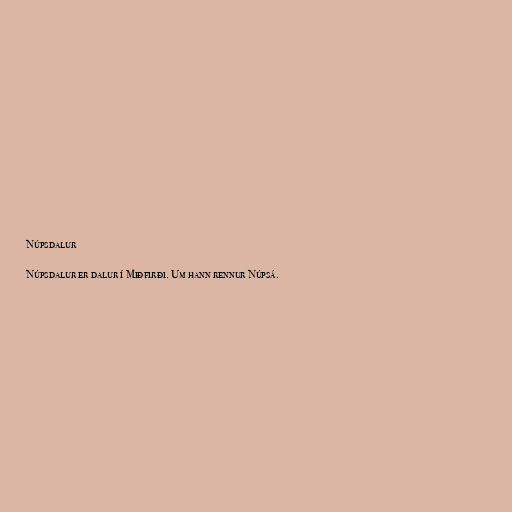
Núpsdalur

Núpsdalur er dalur í Miðfirði. Um hann rennur Núpsá.